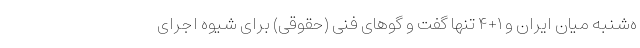
ه‌شنبه میان ایران و ۱+۴ تنها گفت و گوهای فنی (حقوقی) برای شیوه اجرای